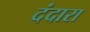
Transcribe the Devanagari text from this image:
दंदारा